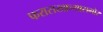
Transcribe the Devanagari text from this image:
फरासखान्यासमोर